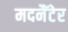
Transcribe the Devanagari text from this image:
मदनैंटेर